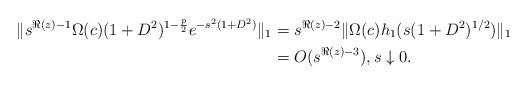
LaTeX: \begin{align*} \|s^{\Re(z)-1}\Omega(c)(1+D^2)^{1-\frac{p}{2}}e^{-s^2(1+D^2)}\|_1 &= s^{\Re(z)-2}\|\Omega(c)h_1(s(1+D^2)^{1/2})\|_1\\ &= O(s^{\Re(z)-3}),s\downarrow 0. \end{align*}